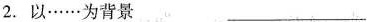
2.以······为背景 ___